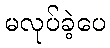
မလုပ်ခဲ့ပေ